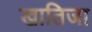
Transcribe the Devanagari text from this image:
खातिजा